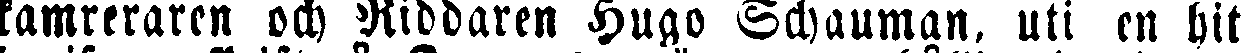
kamreraren och Riddaren Hugo Schauman, uti en hit